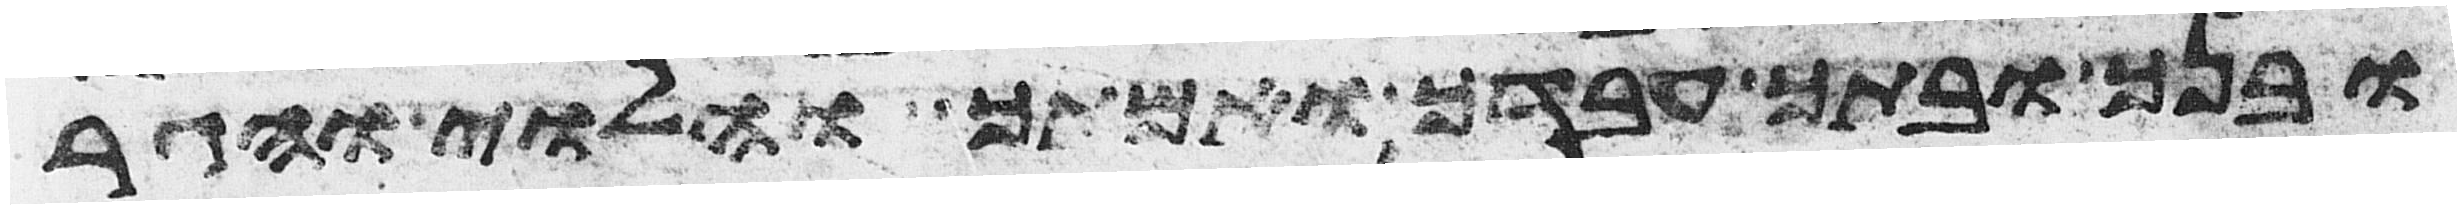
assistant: ובנך ובתך עבדך ואמתך והלוי והגר